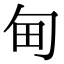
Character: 甸